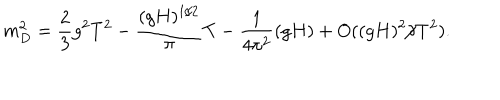
LaTeX: m _ { D } ^ { 2 } = \frac { 2 } { 3 } g ^ { 2 } T ^ { 2 } - \frac { ( g H ) ^ { 1 / 2 } } { \pi } T - \frac { 1 } { 4 \pi ^ { 2 } } ( g H ) + O ( ( g H ) ^ { 2 } / T ^ { 2 } ) .